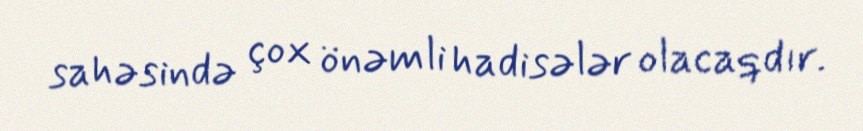
sahəsində çox önəmli hadisələr olacaqdır.